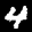
Label: 4